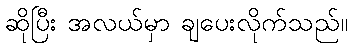
ဆိုပြီး အလယ်မှာ ချပေးလိုက်သည်။